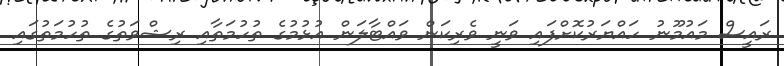
ރައީސް މައުމޫނު ހައްޔަރުކޮށްފައި ވަނީ ވެރިކަން ވައްޓާލަން އުޅުމުގެ ތުހުމަތާއި ރިޝްވަތުގެ ތުހުމަތުގައި